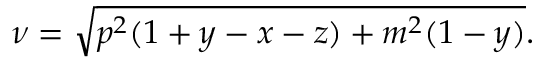
\nu = \sqrt { p ^ { 2 } ( 1 + y - x - z ) + m ^ { 2 } ( 1 - y ) } .